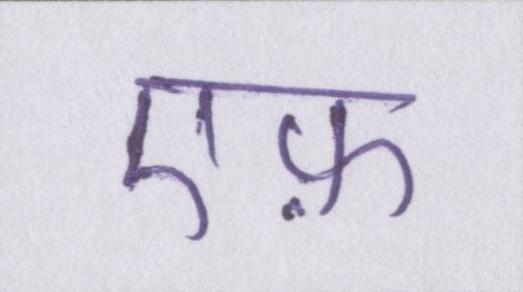
एफ़